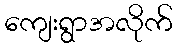
ကျေးရွာအလိုက်